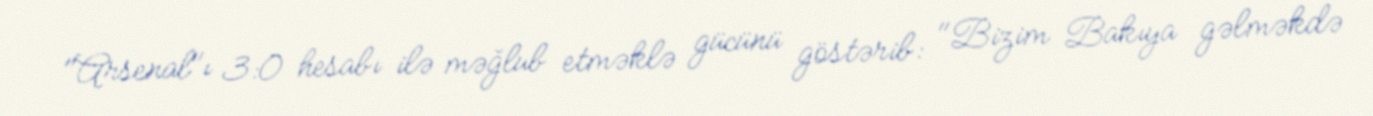
"Arsenal"ı 3:0 hesabı ilə məğlub etməklə gücünü göstərib: "Bizim Bakıya gəlməkdə